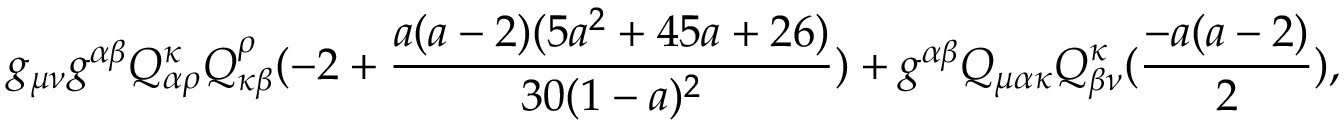
g _ { \mu \nu } g ^ { \alpha \beta } Q _ { \alpha \rho } ^ { \kappa } Q _ { \kappa \beta } ^ { \rho } ( - 2 + \frac { a ( a - 2 ) ( 5 a ^ { 2 } + 4 5 a + 2 6 ) } { 3 0 ( 1 - a ) ^ { 2 } } ) + g ^ { \alpha \beta } Q _ { \mu \alpha \kappa } Q _ { \beta \nu } ^ { \kappa } ( \frac { - a ( a - 2 ) } { 2 } ) ,